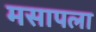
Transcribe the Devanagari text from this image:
मसापला